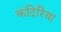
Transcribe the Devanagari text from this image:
कंदिरिया